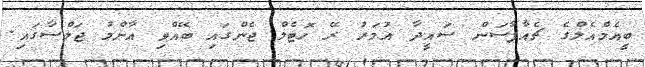
ބީއެމްއެލްގެ ޗެއާޕާސަން ސައީދާ އުމަރު ރޭ ހޮޓެލް ޖެންގައި ބޭއްވި އާންމު ޖަލްސާގައި.